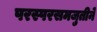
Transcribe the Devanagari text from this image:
परस्परसमजुतीने